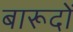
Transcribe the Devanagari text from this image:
बारूदों